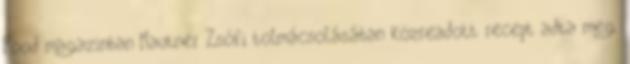
Food magazinban Mautner Zsófi tolmácsolásában közreadott recept adta meg.